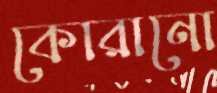
কোরানো